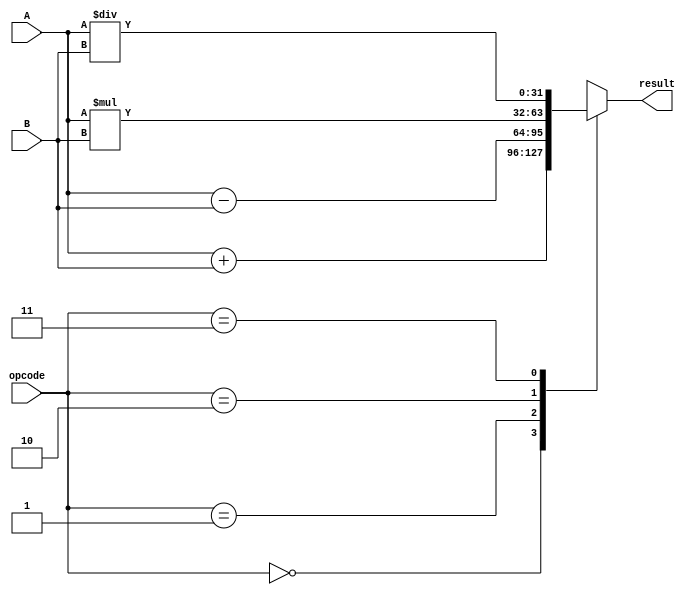
module floating_point_unit (
    input wire [31:0] A,
    input wire [31:0] B,
    input wire [2:0] opcode,
    output reg [31:0] result
);

wire [7:0] exp_A, exp_B, exp_result;
wire [22:0] mantissa_A, mantissa_B, mantissa_result;
wire isNaN_A, isNaN_B;
wire isInf_A, isInf_B;

// Extracting exponent and mantissa from inputs A and B
assign exp_A = A[30:23];
assign mantissa_A = A[22:0];

assign exp_B = B[30:23];
assign mantissa_B = B[22:0];

// Performing arithmetic operation based on opcode
always @(*)
begin
    case(opcode)
        3'b000: result = A + B; // Addition
        3'b001: result = A - B; // Subtraction
        3'b010: result = A * B; // Multiplication
        3'b011: result = A / B; // Division
        default: result = 32'hx; // Invalid opcode
    endcase
end

endmodule